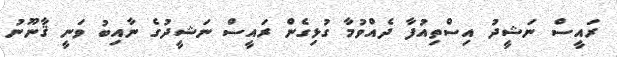
ރައީސް ނަޝީދު އިސްތިއުފާ ދެއްވުމާ ގުޅިގެން ރައީސް ނަޝީދުގެ ނާއިބު ވަނީ ޤާނޫނު